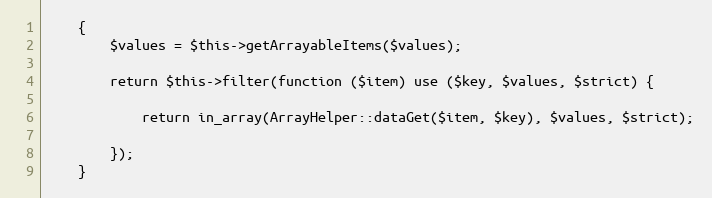
Language: PHP
    {
        $values = $this->getArrayableItems($values);

        return $this->filter(function ($item) use ($key, $values, $strict) {

            return in_array(ArrayHelper::dataGet($item, $key), $values, $strict);

        });
    }